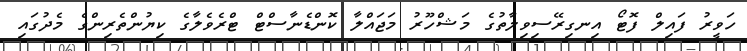
ހަވީރު ފައިލް ފޮޓޯ އިނގިރޭސިވިލާތުގެ މަޝްހޫރު މަޖައްލާ ކޮންޑެނާސްޓް ޓްރެވެލާގެ ކިޔުންތެރިންގެ މެދުގައި